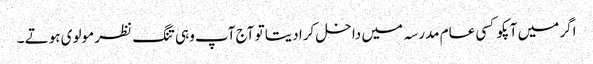
اگر میں آپکو کسی عام مدرسہ میں داخل کرا دیتا تو آج آپ وہی تنگ نظر مولوی ہوتے ۔